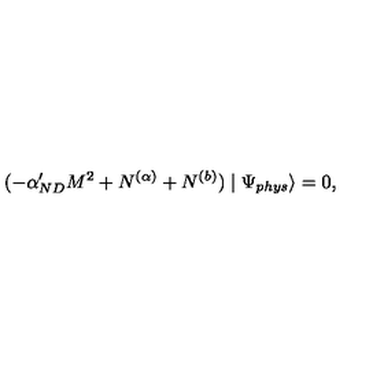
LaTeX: ( - \alpha _ { N D } ^ { \prime } M ^ { 2 } + N ^ { ( \alpha ) } + N ^ { ( b ) } ) \mid \Psi _ { p h y s } \rangle = 0 ,